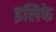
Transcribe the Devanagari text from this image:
इलिफे